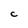
Character: C